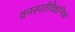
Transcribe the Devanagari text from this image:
वनस्पतीवैज्ञानिक